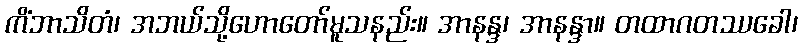
ကိံဘာသိတံ၊ အဘယ်သို့ဟောတော်မူသနည်း။ အာနန္ဒ၊ အာနန္ဒာ။ တထာဂတဿခေါ၊